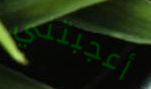
أعجبتني